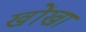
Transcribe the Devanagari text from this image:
खोंखा